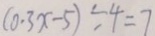
( 0 . 3 x - 5 ) \div 4 = 7